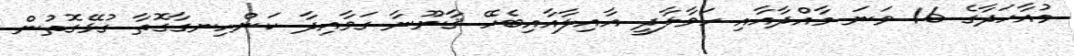
މުއާހަދާގެ 16 ވަނަ މާއްދާއާއި ހަވާލާދީ އާއިލާއާއިބެހޭ ޤާނޫނާ ގަވާއިދާ ކަންހިނގާގޮތާ ގުޅޭގޮތުން